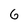
Character: 6